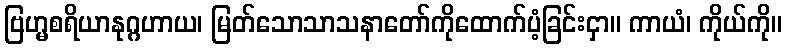
ဗြဟ္မစရိယာနုဂ္ဂဟာယ၊ မြတ်သောသာသနာတော်ကိုထောက်ပံ့ခြင်းငှာ။ ကာယံ၊ ကိုယ်ကို။